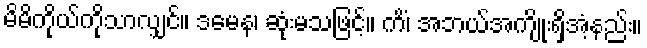
မိမိကိုယ်ကိုသာလျှင်။ ဒမေန၊ ဆုံးမသဖြင့်။ ကိံ၊ အဘယ်အကျိုးရှိအံ့နည်း။